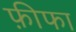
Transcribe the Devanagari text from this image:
फ़ीफा